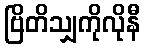
ဗြိတိသျှကိုလိုနီ